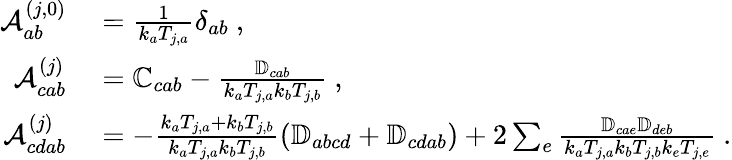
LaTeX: \begin{array}{rl}{\mathcal{A}_{ab}^{(j,0)}}&{{}=\frac{1}{k_{a}T_{j,a}}\delta_{ab}~,}\\ {\mathcal{A}_{cab}^{(j)}}&{{}=\mathbb{C}_{cab}-\frac{\mathbb{D}_{cab}}{k_{a}T_{j,a}k_{b}T_{j,b}}~,}\\ {\mathcal{A}_{cdab}^{(j)}}&{{}=-\frac{k_{a}T_{j,a}+k_{b}T_{j,b}}{k_{a}T_{j,a}k_{b}T_{j,b}}\left(\mathbb{D}_{abcd}+\mathbb{D}_{cdab}\right)+2\sum_{e}\frac{\mathbb{D}_{cae}\mathbb{D}_{deb}}{k_{a}T_{j,a}k_{b}T_{j,b}k_{e}T_{j,e}}~.}\end{array}